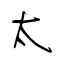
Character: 太